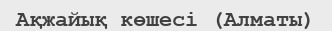
Ақжайық көшесі (Алматы)